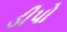
ડીપો